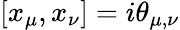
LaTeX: [x_{\mu},x_{\nu}]=i\theta_{\mu,\nu}